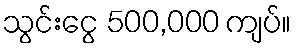
သွင်းငွေ 500,000 ကျပ်။